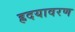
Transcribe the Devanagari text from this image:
ह्रदयावरण